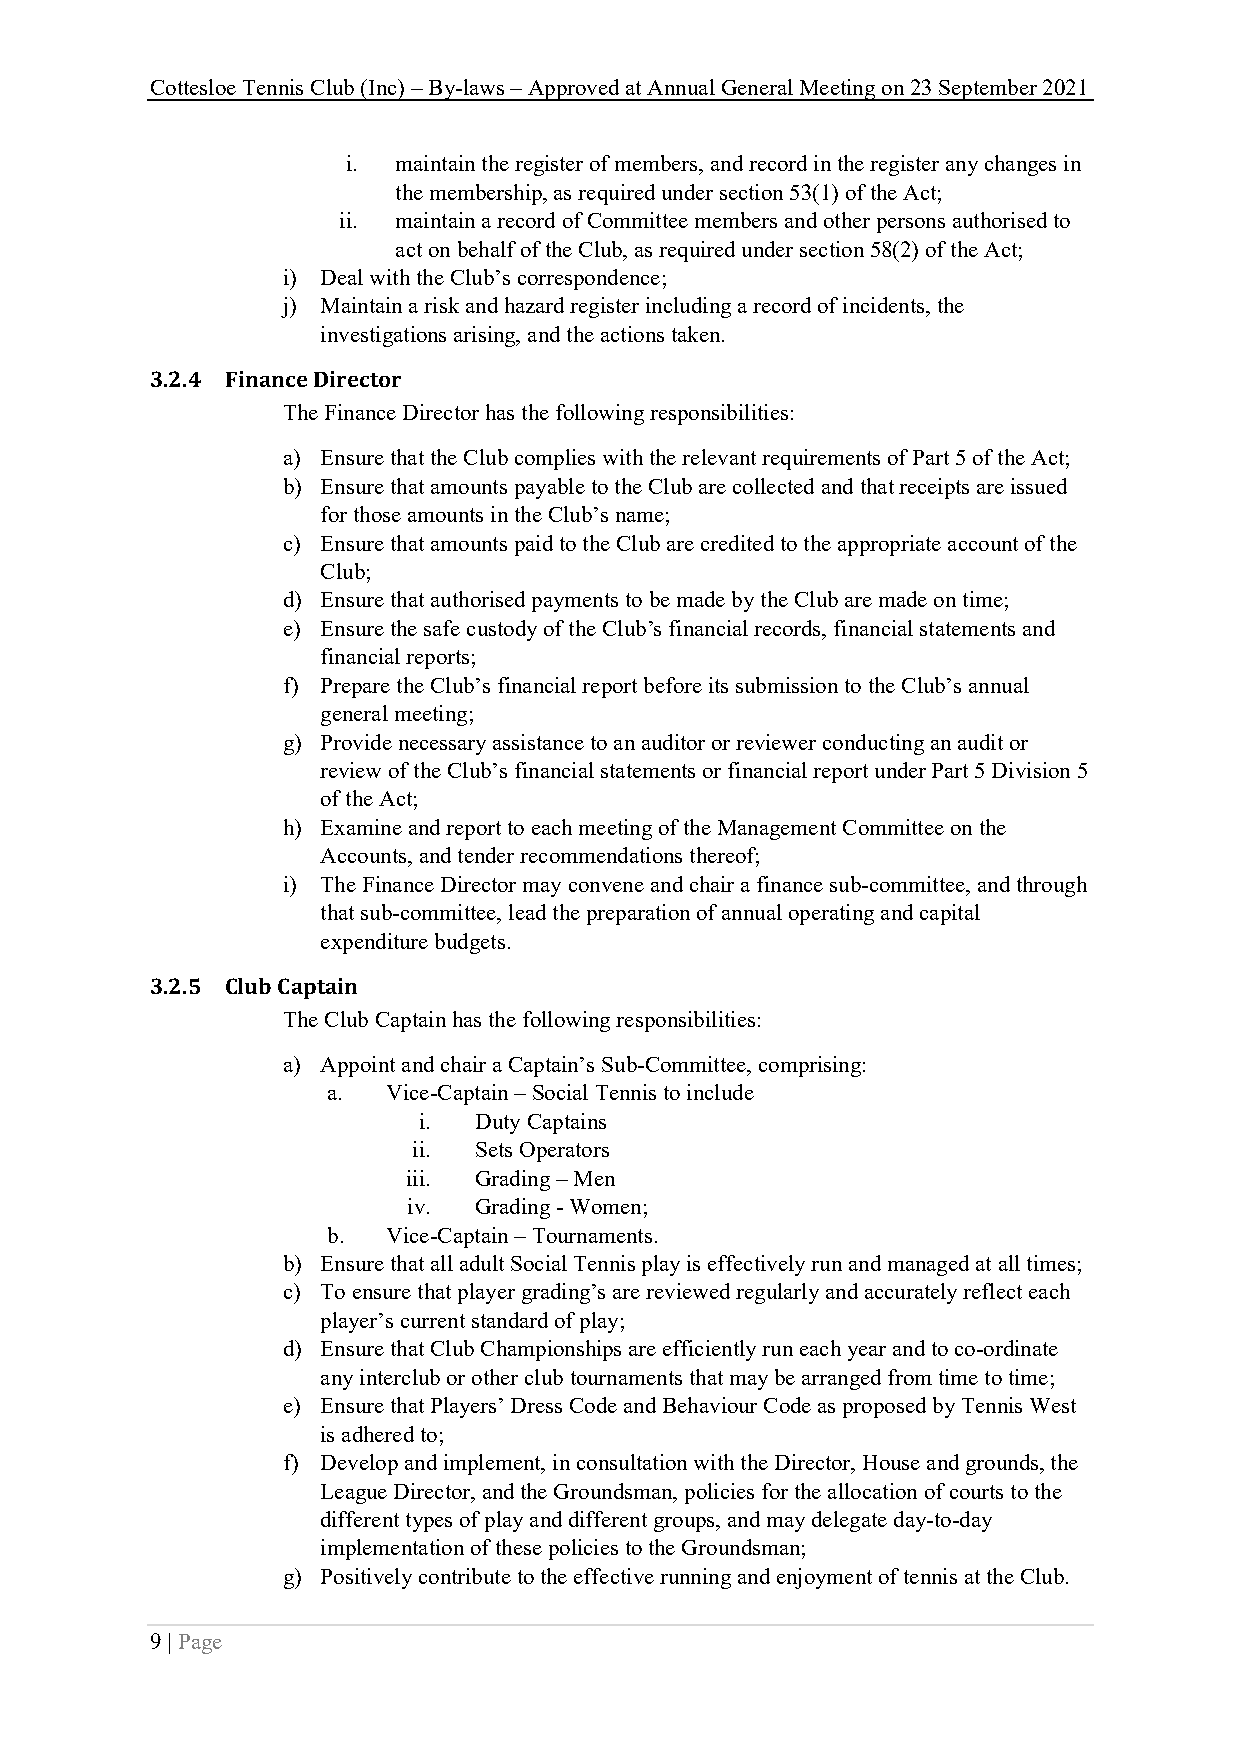
Cottesloe Tennis Club (Inc) – By-laws – Approved at Annual General Meeting on 23 September 2021
 i. maintain the register of members, and record in the register any changes in
 the membership, as required under section 53(1) of the Act;
 ii. maintain a record of Committee members and other persons authorised to
 act on behalf of the Club, as required under section 58(2) of the Act;
 i) Deal with the Club’s correspondence;
 j) Maintain a risk and hazard register including a record of incidents, the
 investigations arising, and the actions taken.
 3.2.4 Finance Director
 The Finance Director has the following responsibilities:
 a) Ensure that the Club complies with the relevant requirements of Part 5 of the Act;
 b) Ensure that amounts payable to the Club are collected and that receipts are issued
 for those amounts in the Club’s name;
 c) Ensure that amounts paid to the Club are credited to the appropriate account of the
 Club;
 d) Ensure that authorised payments to be made by the Club are made on time;
 e) Ensure the safe custody of the Club’s financial records, financial statements and
 financial reports;
 f) Prepare the Club’s financial report before its submission to the Club’s annual
 general meeting;
 g) Provide necessary assistance to an auditor or reviewer conducting an audit or
 review of the Club’s financial statements or financial report under Part 5 Division 5
 of the Act;
 h) Examine and report to each meeting of the Management Committee on the
 Accounts, and tender recommendations thereof;
 i) The Finance Director may convene and chair a finance sub-committee, and through
 that sub-committee, lead the preparation of annual operating and capital
 expenditure budgets.
 3.2.5 Club Captain
 The Club Captain has the following responsibilities:
 a) Appoint and chair a Captain’s Sub-Committee, comprising:
 a.  Vice-Captain – Social Tennis to include
 i. Duty Captains
 ii. Sets Operators
 iii. Grading – Men
 iv. Grading - Women;
 b.  Vice-Captain – Tournaments.
 b) Ensure that all adult Social Tennis play is effectively run and managed at all times;
 c) To ensure that player grading’s are reviewed regularly and accurately reflect each
 player’s current standard of play;
 d) Ensure that Club Championships are efficiently run each year and to co-ordinate
 any interclub or other club tournaments that may be arranged from time to time;
 e) Ensure that Players’ Dress Code and Behaviour Code as proposed by Tennis West
 is adhered to;
 f) Develop and implement, in consultation with the Director, House and grounds, the
 League Director, and the Groundsman, policies for the allocation of courts to the
 different types of play and different groups, and may delegate day-to-day
 implementation of these policies to the Groundsman;
 g) Positively contribute to the effective running and enjoyment of tennis at the Club.
 9 | Page